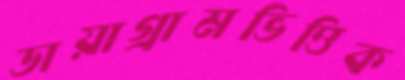
ডায়াগ্রামভিত্তিক